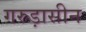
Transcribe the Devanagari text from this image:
गरुड़ासीन